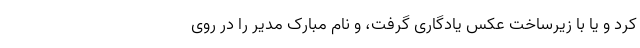
کرد و یا با زیرساخت عکس یادگاری گرفت، و نام مبارک مدیر را در روی